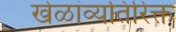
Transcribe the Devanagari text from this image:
खेळांव्यतिरिक्त